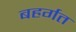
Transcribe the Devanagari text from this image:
बहर्गत